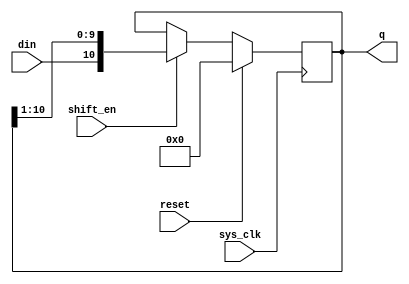
`timescale 1ns / 1ps
//////////////////////////////////////////////////////////////////////////////////
// Company: 
// Engineer: 
// 
// Design Name: 
// Module Name:    shift_reg 
// Project Name: 
// Target Devices: 
// Tool versions: 
// Description: 
//
// Dependencies: 
//
// Revision: 
// Revision 0.01 - File Created
// Additional Comments: 
//
//////////////////////////////////////////////////////////////////////////////////
module shift_reg(sys_clk,reset,din,shift_en,q);

	input sys_clk,reset;
	input din;
	input shift_en;
	
	output reg [10:0]q;

always@(posedge sys_clk)begin

	if (reset) q<=0;
	else if (shift_en)begin 
		q<={din,q[10:1]};
	end

end
endmodule